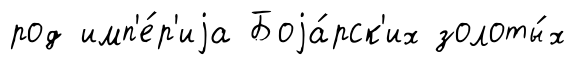
род имп'е́р'иjа Боjа́рск'их золоты́х